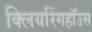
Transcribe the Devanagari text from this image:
क्लियरिंगहॉउस